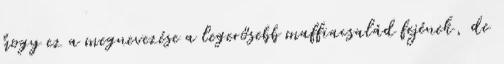
hogy ez a megnevezése a legerősebb maffiacsalád fejének, de